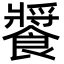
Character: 𩞟